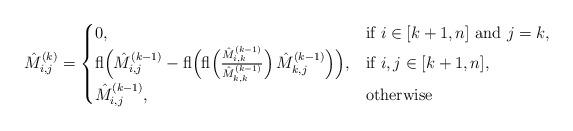
LaTeX: \begin{align*}\hat M^{(k)}_{i,j} & = \begin{cases} 0, & \mbox{if } i\in [k+1,n] \mbox{ and } j=k, \\{\rm fl} \Big( \hat M^{(k-1)}_{i,j} - {\rm fl}\Big({\rm fl}\Big(\frac{ \hat M^{(k-1)}_{i,k}}{ \hat M^{(k-1)}_{k,k}}\Big)\, \hat M^{(k-1)}_{k,j}\Big) \Big), &\mbox{if } i,j \in [k+1,n], \\ \hat M^{(k-1)}_{i,j}, & \mbox{otherwise}\end{cases} \end{align*}